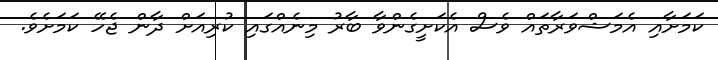
ކަމަށާއި އެމަޝްވަރާތައް ވެސް އެކަށީގެންވާ ބާރު މިނެއްގައި ކުރިއަށް ދާން ޖެހޭ ކަމަށެވެ.